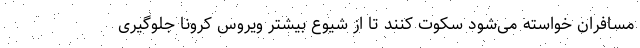
مسافران خواسته می‌شود سکوت کنند تا از شیوع بیشتر ویروس کرونا جلوگیری